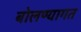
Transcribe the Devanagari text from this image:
बोलण्यागत